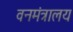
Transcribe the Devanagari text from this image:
वनमंत्रालय